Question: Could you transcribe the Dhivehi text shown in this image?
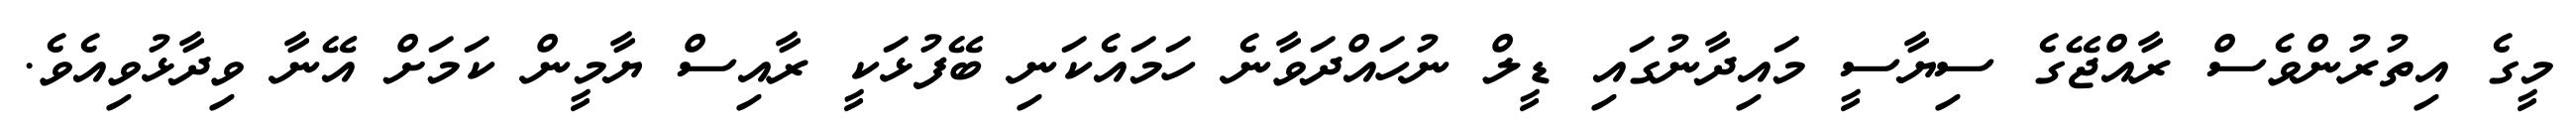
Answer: މީގެ އިތުރުންވެސް ރާއްޖޭގެ ސިޔާސީ މައިދާނުގައި ޑީލް ނުހައްދަވާނެ ހަމައެކަނި ބޭފުޅަކީ ރާއިސް ޔާމީން ކަމަށް އޭނާ ވިދާޅުވިއެވެ.